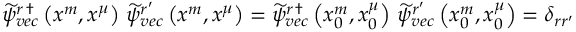
\begin{array} { r } { \widetilde { \psi } _ { v e c } ^ { r \, \dag } \left( x ^ { m } , x ^ { \mu } \right) \, \widetilde { \psi } _ { v e c } ^ { r ^ { \prime } } \left( x ^ { m } , x ^ { \mu } \right) = \widetilde { \psi } _ { v e c } ^ { r \, \dag } \left( x _ { 0 } ^ { m } , x _ { 0 } ^ { \mu } \right) \, \widetilde { \psi } _ { v e c } ^ { r ^ { \prime } } \left( x _ { 0 } ^ { m } , x _ { 0 } ^ { \mu } \right) = \delta _ { r r ^ { \prime } } } \end{array}